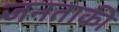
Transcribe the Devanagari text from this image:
जनताकी